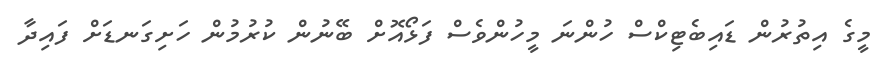
މީގެ އިތުރުން ޑައިބެޓިކްސް ހުންނަ މީހުންވެސް ފަޅޯއޮށް ބޭނުން ކުރުމުން ހަށިގަނޑަށް ފައިދާ